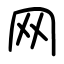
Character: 网